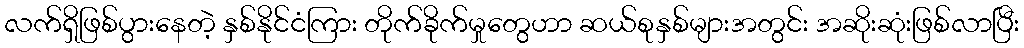
လက်ရှိဖြစ်ပွားနေတဲ့ နှစ်နိုင်ငံကြား တိုက်ခိုက်မှုတွေဟာ ဆယ်စုနှစ်များအတွင်း အဆိုးဆုံးဖြစ်လာပြီး